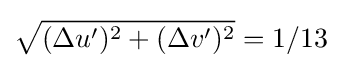
{\sqrt {(\Delta u')^{2}+(\Delta v')^{2}}}=1/13